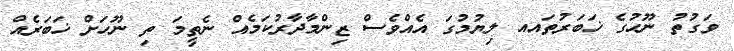
ވަގުތު ނޫހުގެ ޚަބަރުތައއ ލިޔުމުގަ އެއްވެސް ޒިންމާދާރުކަމެއް ނެތީމަ ތި ނޫހަށް ޚަބަރެއް